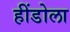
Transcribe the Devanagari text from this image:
हींडोला